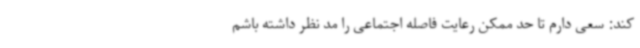
کند: سعی دارم تا حد ممکن رعایت فاصله اجتماعی را مد نظر داشته باشم